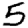
Digit: 5